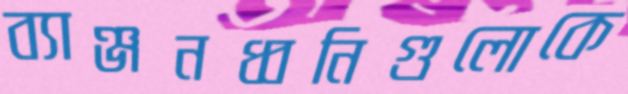
ব্যাঞ্জনধ্বনিগুলোকে